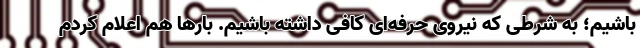
باشیم؛ به شرطی که نیروی حرفه‌ای کافی داشته باشیم. بارها هم اعلام کردم